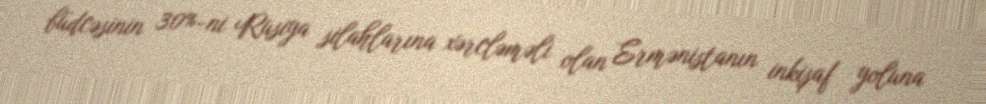
büdcəsinin 30%-ni Rusiya silahlarına xərcləməli olan Ermənistanın inkişaf yoluna